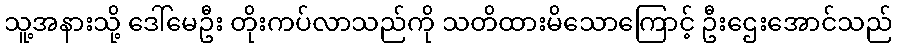
သူ့အနားသို့ ဒေါ်မေဦး တိုးကပ်လာသည်ကို သတိထားမိသောကြောင့် ဦးဌေးအောင်သည်